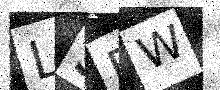
Text: L5FW